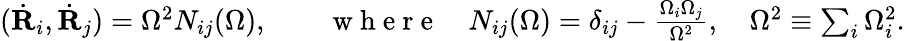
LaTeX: \begin{array}{r}{(\dot{\mathbf R}_{i},\dot{\mathbf R}_{j})=\Omega^{2}N_{ij}(\Omega),\qquad\mathrm{~w~h~e~r~e~}\quad N_{ij}(\Omega)=\delta_{ij}-\frac{\Omega_{i}\Omega_{j}}{\Omega^{2}},\quad\Omega^{2}\equiv\sum_{i}\Omega_{i}^{2}.}\end{array}